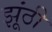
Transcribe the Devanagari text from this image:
झूंठी